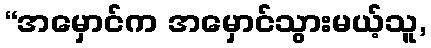
“အမှောင်က အမှောင်သွားမယ့်သူ,